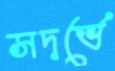
সদর্ভে